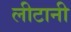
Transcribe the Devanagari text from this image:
लीटानी